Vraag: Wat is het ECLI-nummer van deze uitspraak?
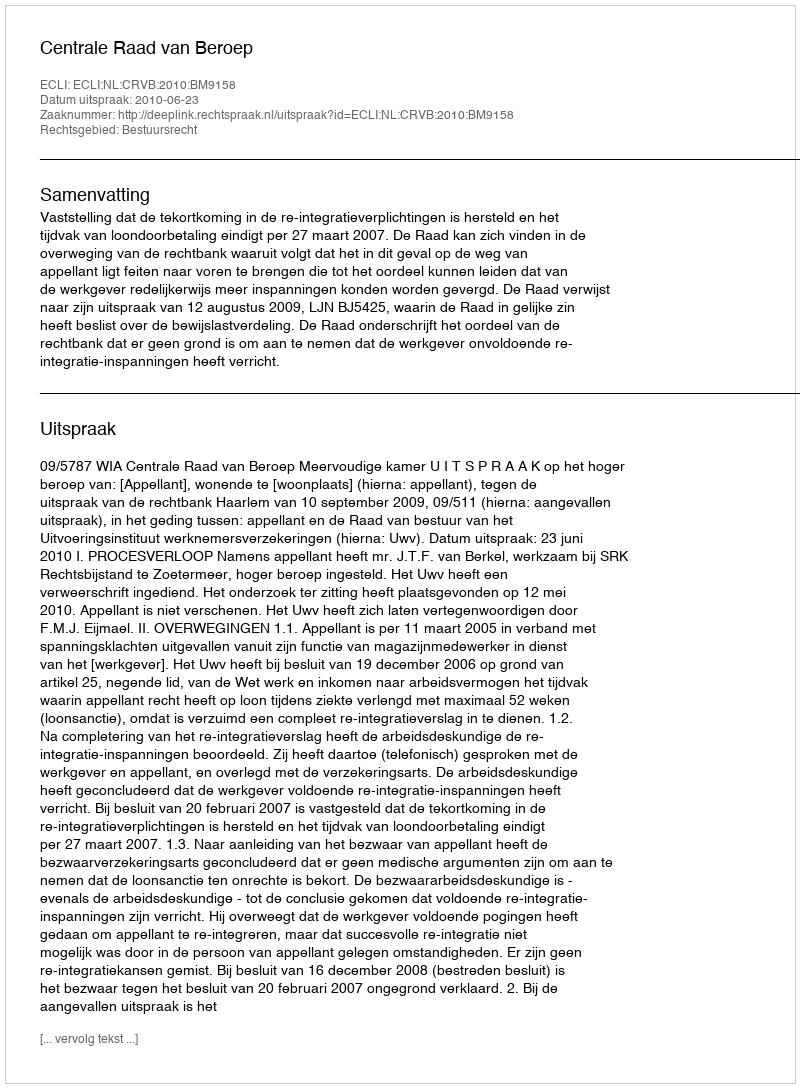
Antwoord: ECLI:NL:CRVB:2010:BM9158